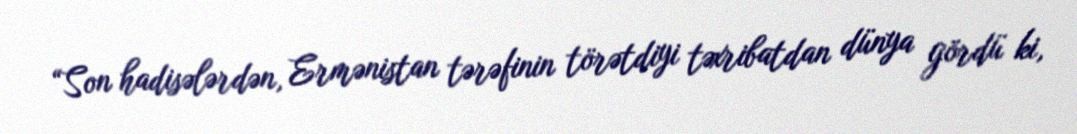
“Son hadisələrdən, Ermənistan tərəfinin törətdiyi təxribatdan dünya gördü ki,